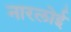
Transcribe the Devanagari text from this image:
नारलोई